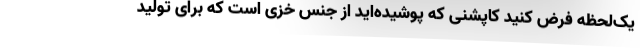
یک‌لحظه فرض کنید کاپشنی که پوشیده‌اید از جنس خزی است که برای تولید